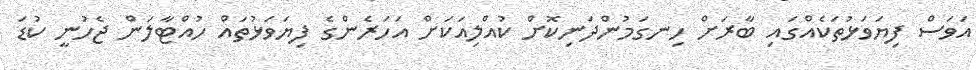
އަވަސް ފިޔަވަޅުތަކެއްގައި ބާރަށް ހިނގަމުންދަނިކޮށް ކުއްލިއަކަށް އަހަރެންގެ ފިޔަވަޅުތައް ހުއްޓާލަން ޖެހުނީ ކުޑަ